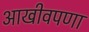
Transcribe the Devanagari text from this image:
आखीवपणा